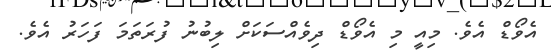
އެވޯޑް އެވެ. މިއީ މި އެވޯޑް ދިވެއްސަކަށް ލިބުނު ފުރަތަމަ ފަހަރު އެވެ.